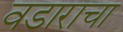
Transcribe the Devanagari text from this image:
वडाराचा